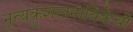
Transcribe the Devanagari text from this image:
नृत्यकुशलनायिकेची